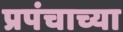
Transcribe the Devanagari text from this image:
प्रपंचाच्या